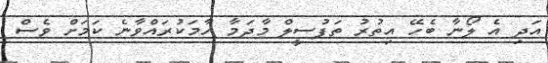
އަދި އެ ލޯނާ ބެހޭ އިތުރު ތަފުސީލް މާދަމާ ހާމަކުރައްވާނެ ކަމަށް ވެސް